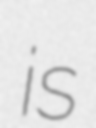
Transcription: is